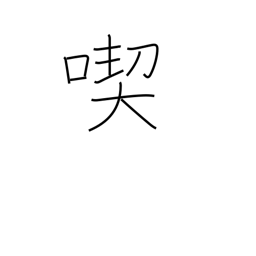
Meaning: consume